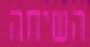
השיחה